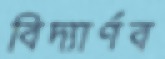
বিদ্যার্ণব